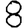
Digit: 8